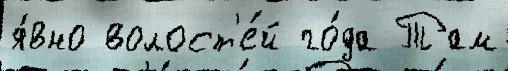
я́вно волост'е́й го́да Там